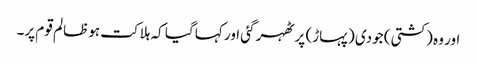
اور وہ (کشتی) جودی (پہاڑ) پر ٹھہر گئی اور کہا گیا کہ ہلاکت ہو ظالم قوم پر۔